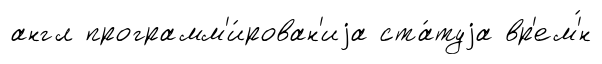
англ программ'и́рован'иjа ста́туjа вр'ем'́н